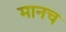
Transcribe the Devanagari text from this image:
मानच